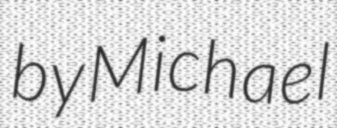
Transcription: by Michael